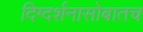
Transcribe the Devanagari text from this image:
दिग्दर्शनासोबातच